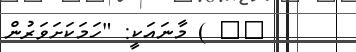
٧٩ ) މާނައަކީ: "ހަމަކަށަވަރުން